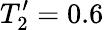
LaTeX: T_{2}^{\prime}=0.6